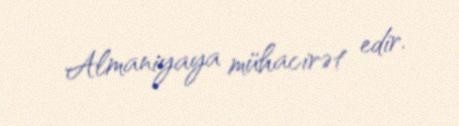
Almaniyaya mühacirət edir.